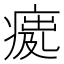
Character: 𤸿